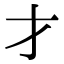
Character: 才